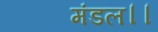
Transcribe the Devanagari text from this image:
मंडल।।